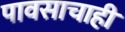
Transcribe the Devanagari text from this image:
पावसाचाही